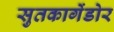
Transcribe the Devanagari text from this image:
सुतकागेंडोर